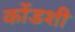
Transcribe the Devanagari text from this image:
कोंडशी